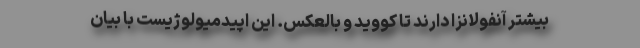
بیشتر آنفولانزا دارند تا کووید و بالعکس. این اپیدمیولوژیست با بیان